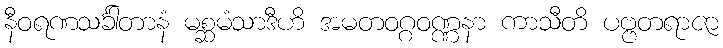
နီဝရဏသင်္ခါတာနံ မစ္ဆမံသာဒီဟိ အမတဝဂ္ဂဝဏ္ဏနာ ကာသီတိ ပဗ္ဗတရာဇာ